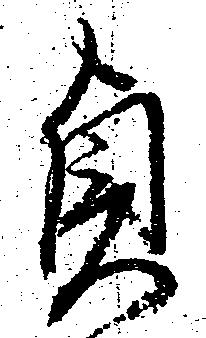
貞